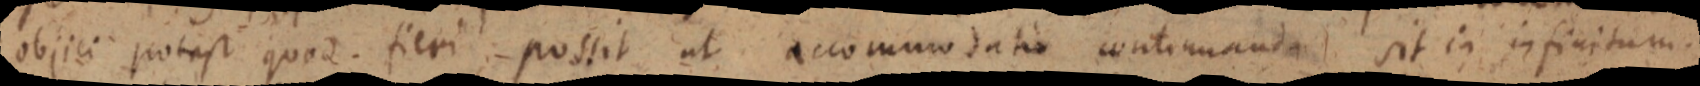
objici potest quod. fieri possit ut accommodatio continuanda sit in infinitum.